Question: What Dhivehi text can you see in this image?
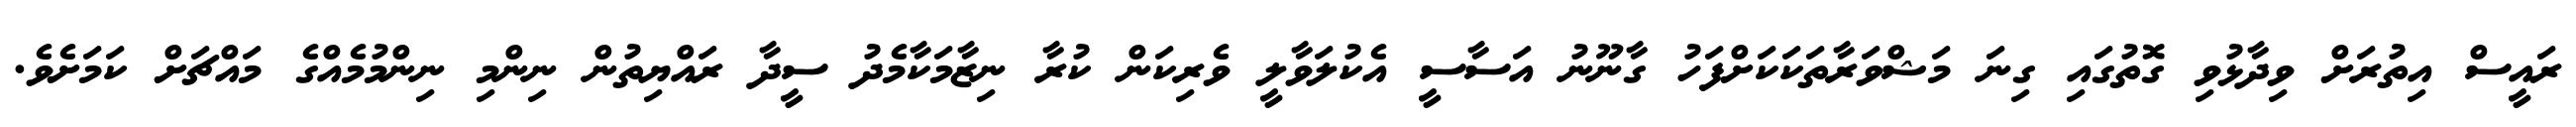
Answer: ރައީސް އިތުރަށް ވިދާޅުވި ގޮތުގައި ގިނަ މަޝްވަރާތަކަކަށްފަހު ގާނޫނު އަސާސީ އެކުލަވާލީ ވެރިކަން ކުރާ ނިޒާމަކާމެދު ސީދާ ރައްޔިތުން ނިންމި ނިންމުމެއްގެ މައްޗަށް ކަމަށެވެ.